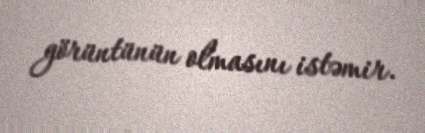
görüntünün olmasını istəmir.